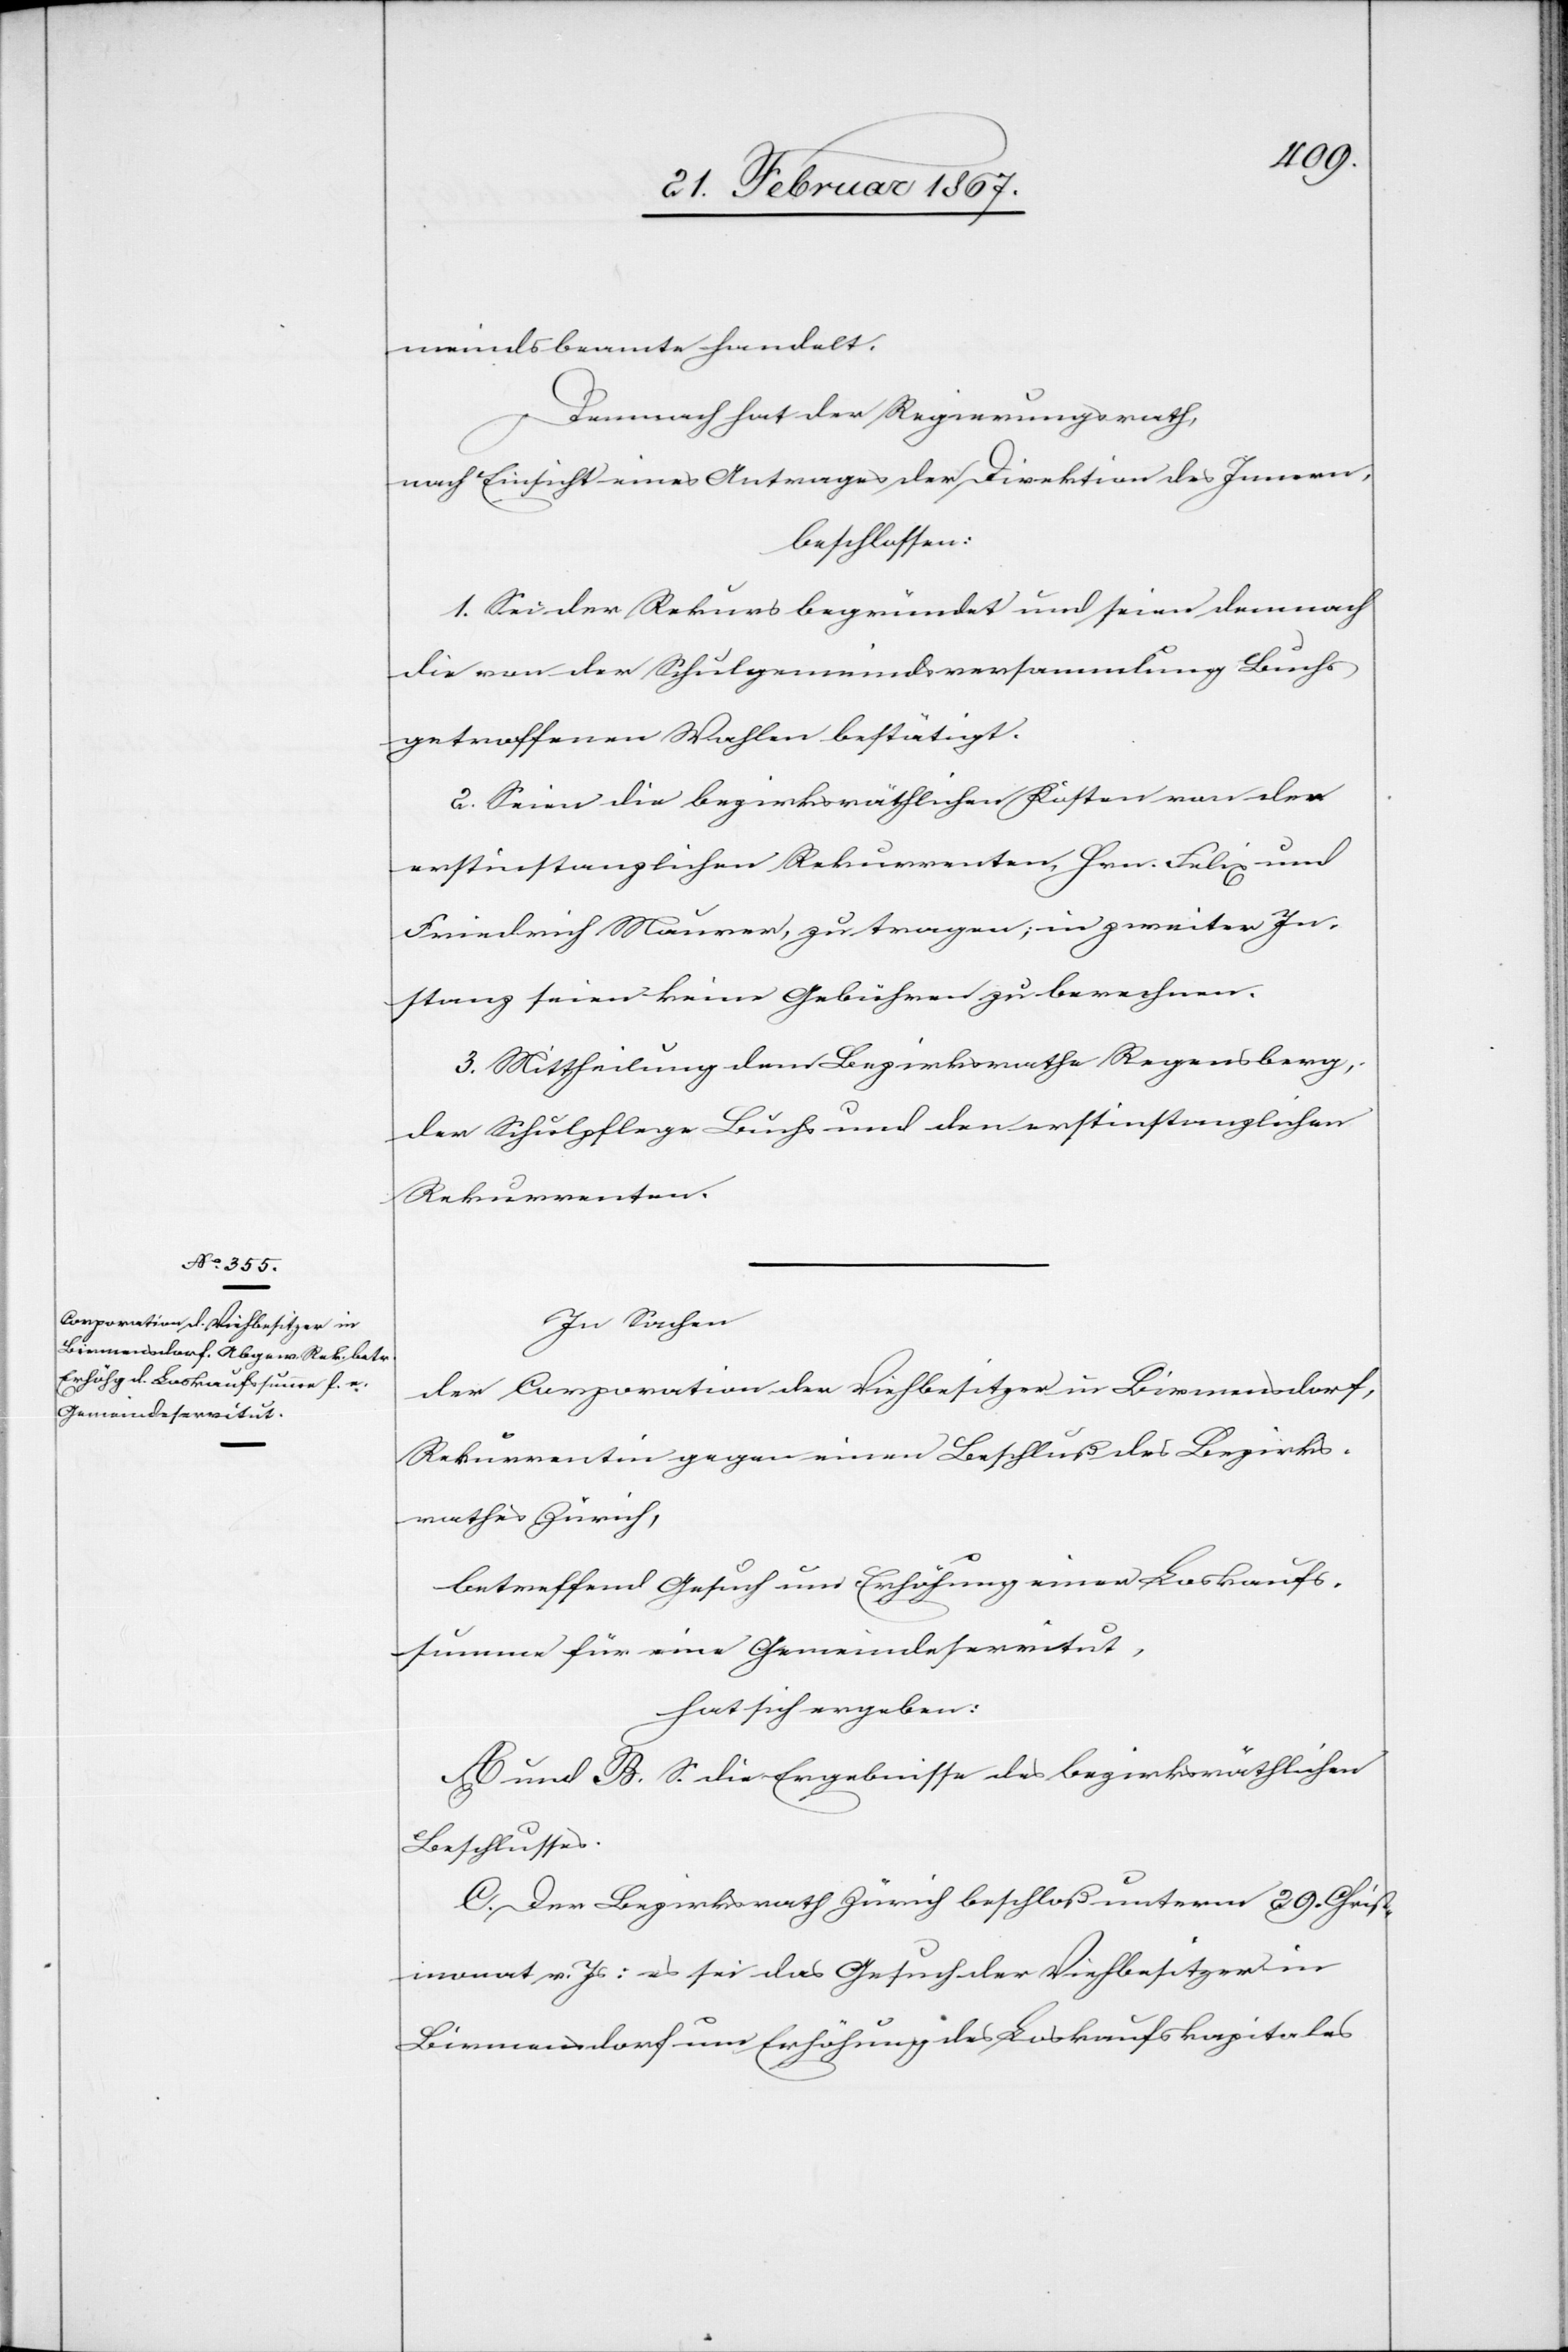
meindsbeamte handelt.
Demnach hat der Regierungsrath,
nach Einsicht eines Antrages der Direktion des Innern,
beschlossen:
1. Sei der Rekurs begründet und seien demnach
die von der Schulgemeindsversammlung Buchs
getroffenen Wahlen bestätigt.
2. Seien die bezirksräthlichen Kosten von den
erstinstanzlichen Rekurrenten, Hrn. Felix und
Friedrich Maurer, zu tragen; in zweiter In¬
stanz seien keine Gebühren zu berechnen.
3. Mittheilung dem Bezirksrathe Regensberg,
der Schulpflege Buchs und den erstinstanzlichen
Rekurrenten.
In Sachen
der Corporation der Viehbesitzer in Birmensdorf,
Rekurrentin gegen einen Beschluß des Bezirks¬
rathes Zürich,
betreffend Gesuch um Erhöhung einer Loskaufs¬
summe für eine Gemeindeservitut,
hat sich ergeben:
A und B. S. die Ergebnisse des bezirksräthlichen
Beschlusses.
C. Der Bezirksrath Zürich beschloß unterm 29. Christ¬
monat v. Js: es sei das Gesuch der Viehbesitzer in
Birmensdorf um Erhöhung des Loskaufskapitales